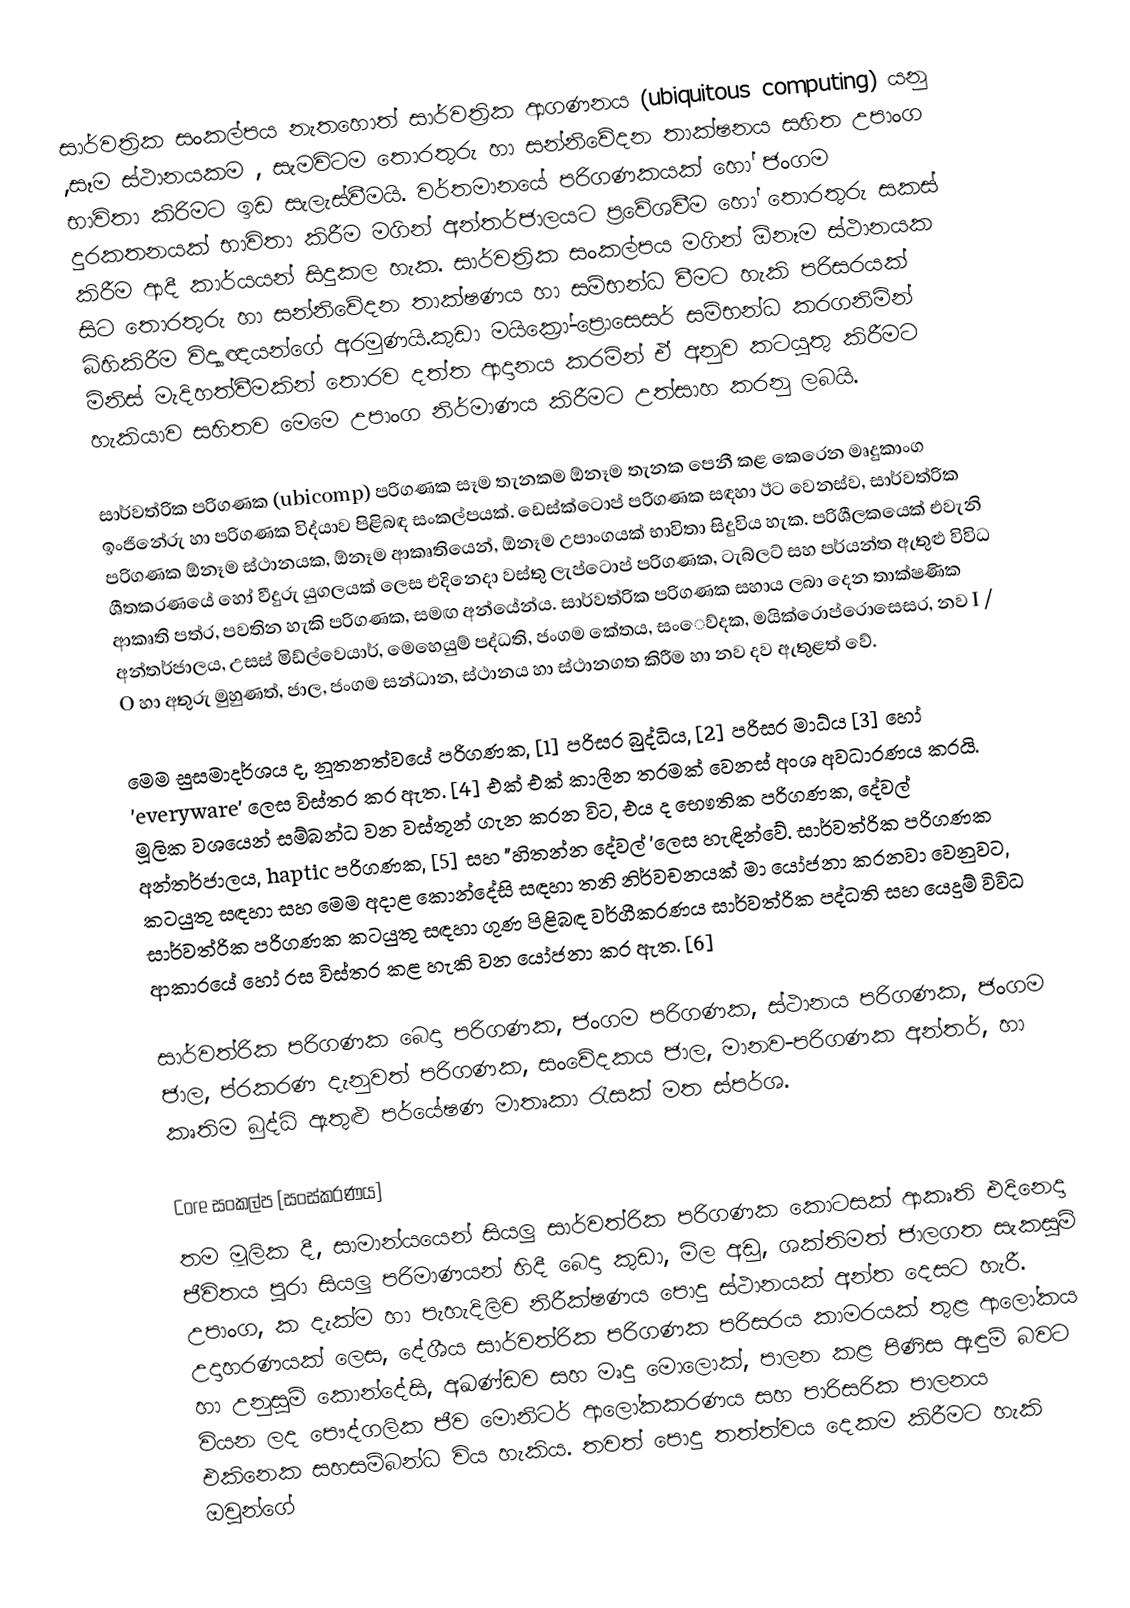
සාර්වත්‍රික සංකල්පය නැතහොත් සාර්වත්‍රික ආගණනය (ubiquitous computing) යනු ,සෑම ස්ථානයකම , සැමවිටම තොරතුරු හා සන්නිවේදන තාක්ෂනය සහිත උපාංග භාවිතා කිරිමට ඉඩ සැලැස්වීමයි. වර්තමානයේ පරිගණකයක් හෝ ජංගම දුරකතනයක් භාවිතා කිරීම මගින් අන්තර්ජාලයට ප්‍රවේශවීම හෝ තොරතුරු සකස් කිරීම ආදී කාර්යයන් සිදුකල හැක. සාර්වත්‍රික සංකල්පය මගින් ඕනෑම ස්ථානයක සිට තොරතුරු හා සන්නිවේදන තාක්ෂණය හා සම්භන්ධ වීමට හැකි පරිසරයක් බිහිකිරීම විද්‍යාඥයන්ගේ අරමුණයි.කුඩා මයික්‍රෝ-ප්‍රොසෙසර් සම්භන්ධ කරගනිමින් මිනිස් මැදිහත්වීමකින් තොරව දත්ත ආදානය කරමින් ඒ අනුව කටයුතු කිරීමට හැකියාව සහිතව මෙමෙ උපාංග නිර්මාණය කිරීමට උත්සාහ කරනු ලබයි.

සාර්වත්රික පරිගණක (ubicomp) පරිගණක සෑම තැනකම ඕනෑම තැනක පෙනී කළ කෙරෙන මෘදුකාංග ඉංජිනේරු හා පරිගණක විද්යාව පිළිබඳ සංකල්පයක්. ඩෙස්ක්ටොප් පරිගණක සඳහා ඊට වෙනස්ව, සාර්වත්රික පරිගණක ඕනෑම ස්ථානයක, ඕනෑම ආකෘතියෙන්, ඕනෑම උපාංගයක් භාවිතා සිදුවිය හැක. පරිශීලකයෙක් එවැනි ශීතකරණයේ හෝ වීදුරු යුගලයක් ලෙස එදිනෙදා වස්තු ලැප්ටොප් පරිගණක, ටැබ්ලට් සහ පර්යන්ත ඇතුළු විවිධ ආකෘති පත්ර, පවතින හැකි පරිගණක, සමඟ අන්යේන්ය. සාර්වත්රික පරිගණක සහාය ලබා දෙන තාක්ෂණික අන්තර්ජාලය, උසස් මිඩ්ල්වෙයාර්, මෙහෙයුම් පද්ධති, ජංගම කේතය, සංෙව්දක, මයික්රොප්රොසෙසර, නව I / O හා අතුරු මුහුණත්, ජාල, ජංගම සන්ධාන, ස්ථානය හා ස්ථානගත කිරීම හා නව දව ඇතුළත් වේ.

මෙම සුසමාදර්ශය ද, නූතනත්වයේ පරිගණක, [1] පරිසර බුද්ධිය, [2] පරිසර මාධ්ය [3] හෝ 'everyware' ලෙස විස්තර කර ඇත. [4] එක් එක් කාලීන තරමක් වෙනස් අංශ අවධාරණය කරයි. මූලික වශයෙන් සම්බන්ධ වන වස්තූන් ගැන කරන විට, එය ද භෞතික පරිගණක, දේවල් අන්තර්ජාලය, haptic පරිගණක, [5] සහ "හිතන්න දේවල් 'ලෙස හැඳින්වේ. සාර්වත්රික පරිගණක කටයුතු සඳහා සහ මෙම අදාළ කොන්දේසි සඳහා තනි නිර්වචනයක් මා යෝජනා කරනවා වෙනුවට, සාර්වත්රික පරිගණක කටයුතු සඳහා ගුණ පිළිබඳ වර්ගීකරණය සාර්වත්රික පද්ධති සහ යෙදුම් විවිධ ආකාරයේ හෝ රස විස්තර කළ හැකි වන යෝජනා කර ඇත. [6]

සාර්වත්රික පරිගණක බෙදා පරිගණක, ජංගම පරිගණක, ස්ථානය පරිගණක, ජංගම ජාල, ප්රකරණ දැනුවත් පරිගණක, සංවේදකය ජාල, මානව-පරිගණක අන්තර්, හා කෘතිම බුද්ධි ඇතුළු පර්යේෂණ මාතෘකා රැසක් මත ස්පර්ශ.

Core සංකල්ප [සංස්කරණය]
තම මූලික දී, සාමාන්යයෙන් සියලු සාර්වත්රික පරිගණක කොටසක් ආකෘති එදිනෙදා ජීවිතය පුරා සියලු පරිමාණයන් හිදී බෙදා කුඩා, මිල අඩු, ශක්තිමත් ජාලගත සැකසුම් උපාංග, ක දැක්ම හා පැහැදිලිව නිරීක්ෂණය පොදු ස්ථානයක් අන්ත දෙසට හැරී. උදාහරණයක් ලෙස, දේශීය සාර්වත්රික පරිගණක පරිසරය කාමරයක් තුළ ආලෝකය හා උනුසුම් කොන්දේසි, අඛණ්ඩව සහ මෘදු මොලොක්, පාලන කළ පිණිස ඇඳුම් බවට වියන ලද පෞද්ගලික ජීව මොනිටර් ආලෝකකරණය සහ පාරිසරික පාලනය එකිනෙක සහසම්බන්ධ විය හැකිය. තවත් පොදු තත්ත්වය දෙකම කිරීමට හැකි ඔවුන්ගේ